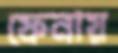
ফেনায়